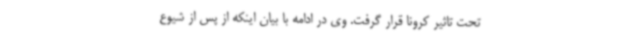
تحت تاثیر کرونا قرار گرفت. وی در ادامه با بیان اینکه از پس از شیوع